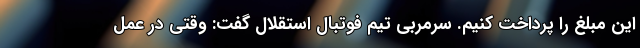
این مبلغ را پرداخت کنیم. سرمربی تیم فوتبال استقلال گفت: وقتی در عمل